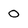
Character: 0